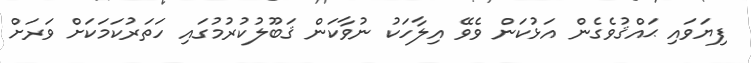
ފިޔަވައި ޙައްޤުވެގެން އަޅުކަން ވެވޭ އިލާހަކު ނުވާކަން ޤަބޫލުކުރުމުގައި ހަތަރުކަމަކަށް ވަރަށް